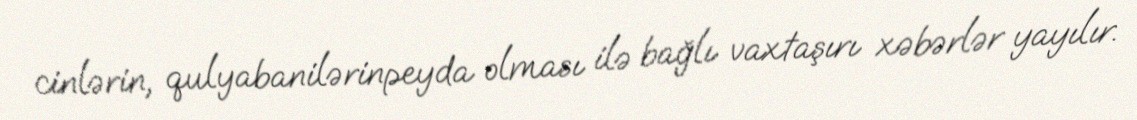
cinlərin, qulyabanilərinpeyda olması ilə bağlı vaxtaşırı xəbərlər yayılır.